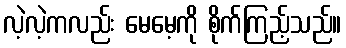
လဲ့လဲ့ကလည်း မေမေ့ကို စိုက်ကြည့်သည်။